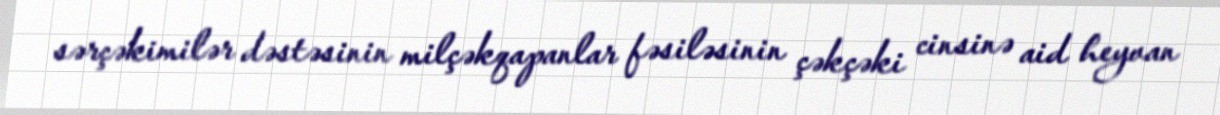
sərçəkimilər dəstəsinin milçəkqapanlar fəsiləsinin çəkçəki cinsinə aid heyvan